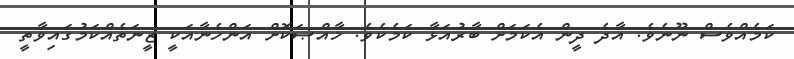
ކަމެއްވެސް ނޫނެވެ. އާދެ ދީން އެކަމަށް ބާރުއަޅާ ކަމެކެވެ. ޚާއްޞަކޮށް އަންހެނާއަކީ ޒީނަތެއްކަމުގައިވާތީ